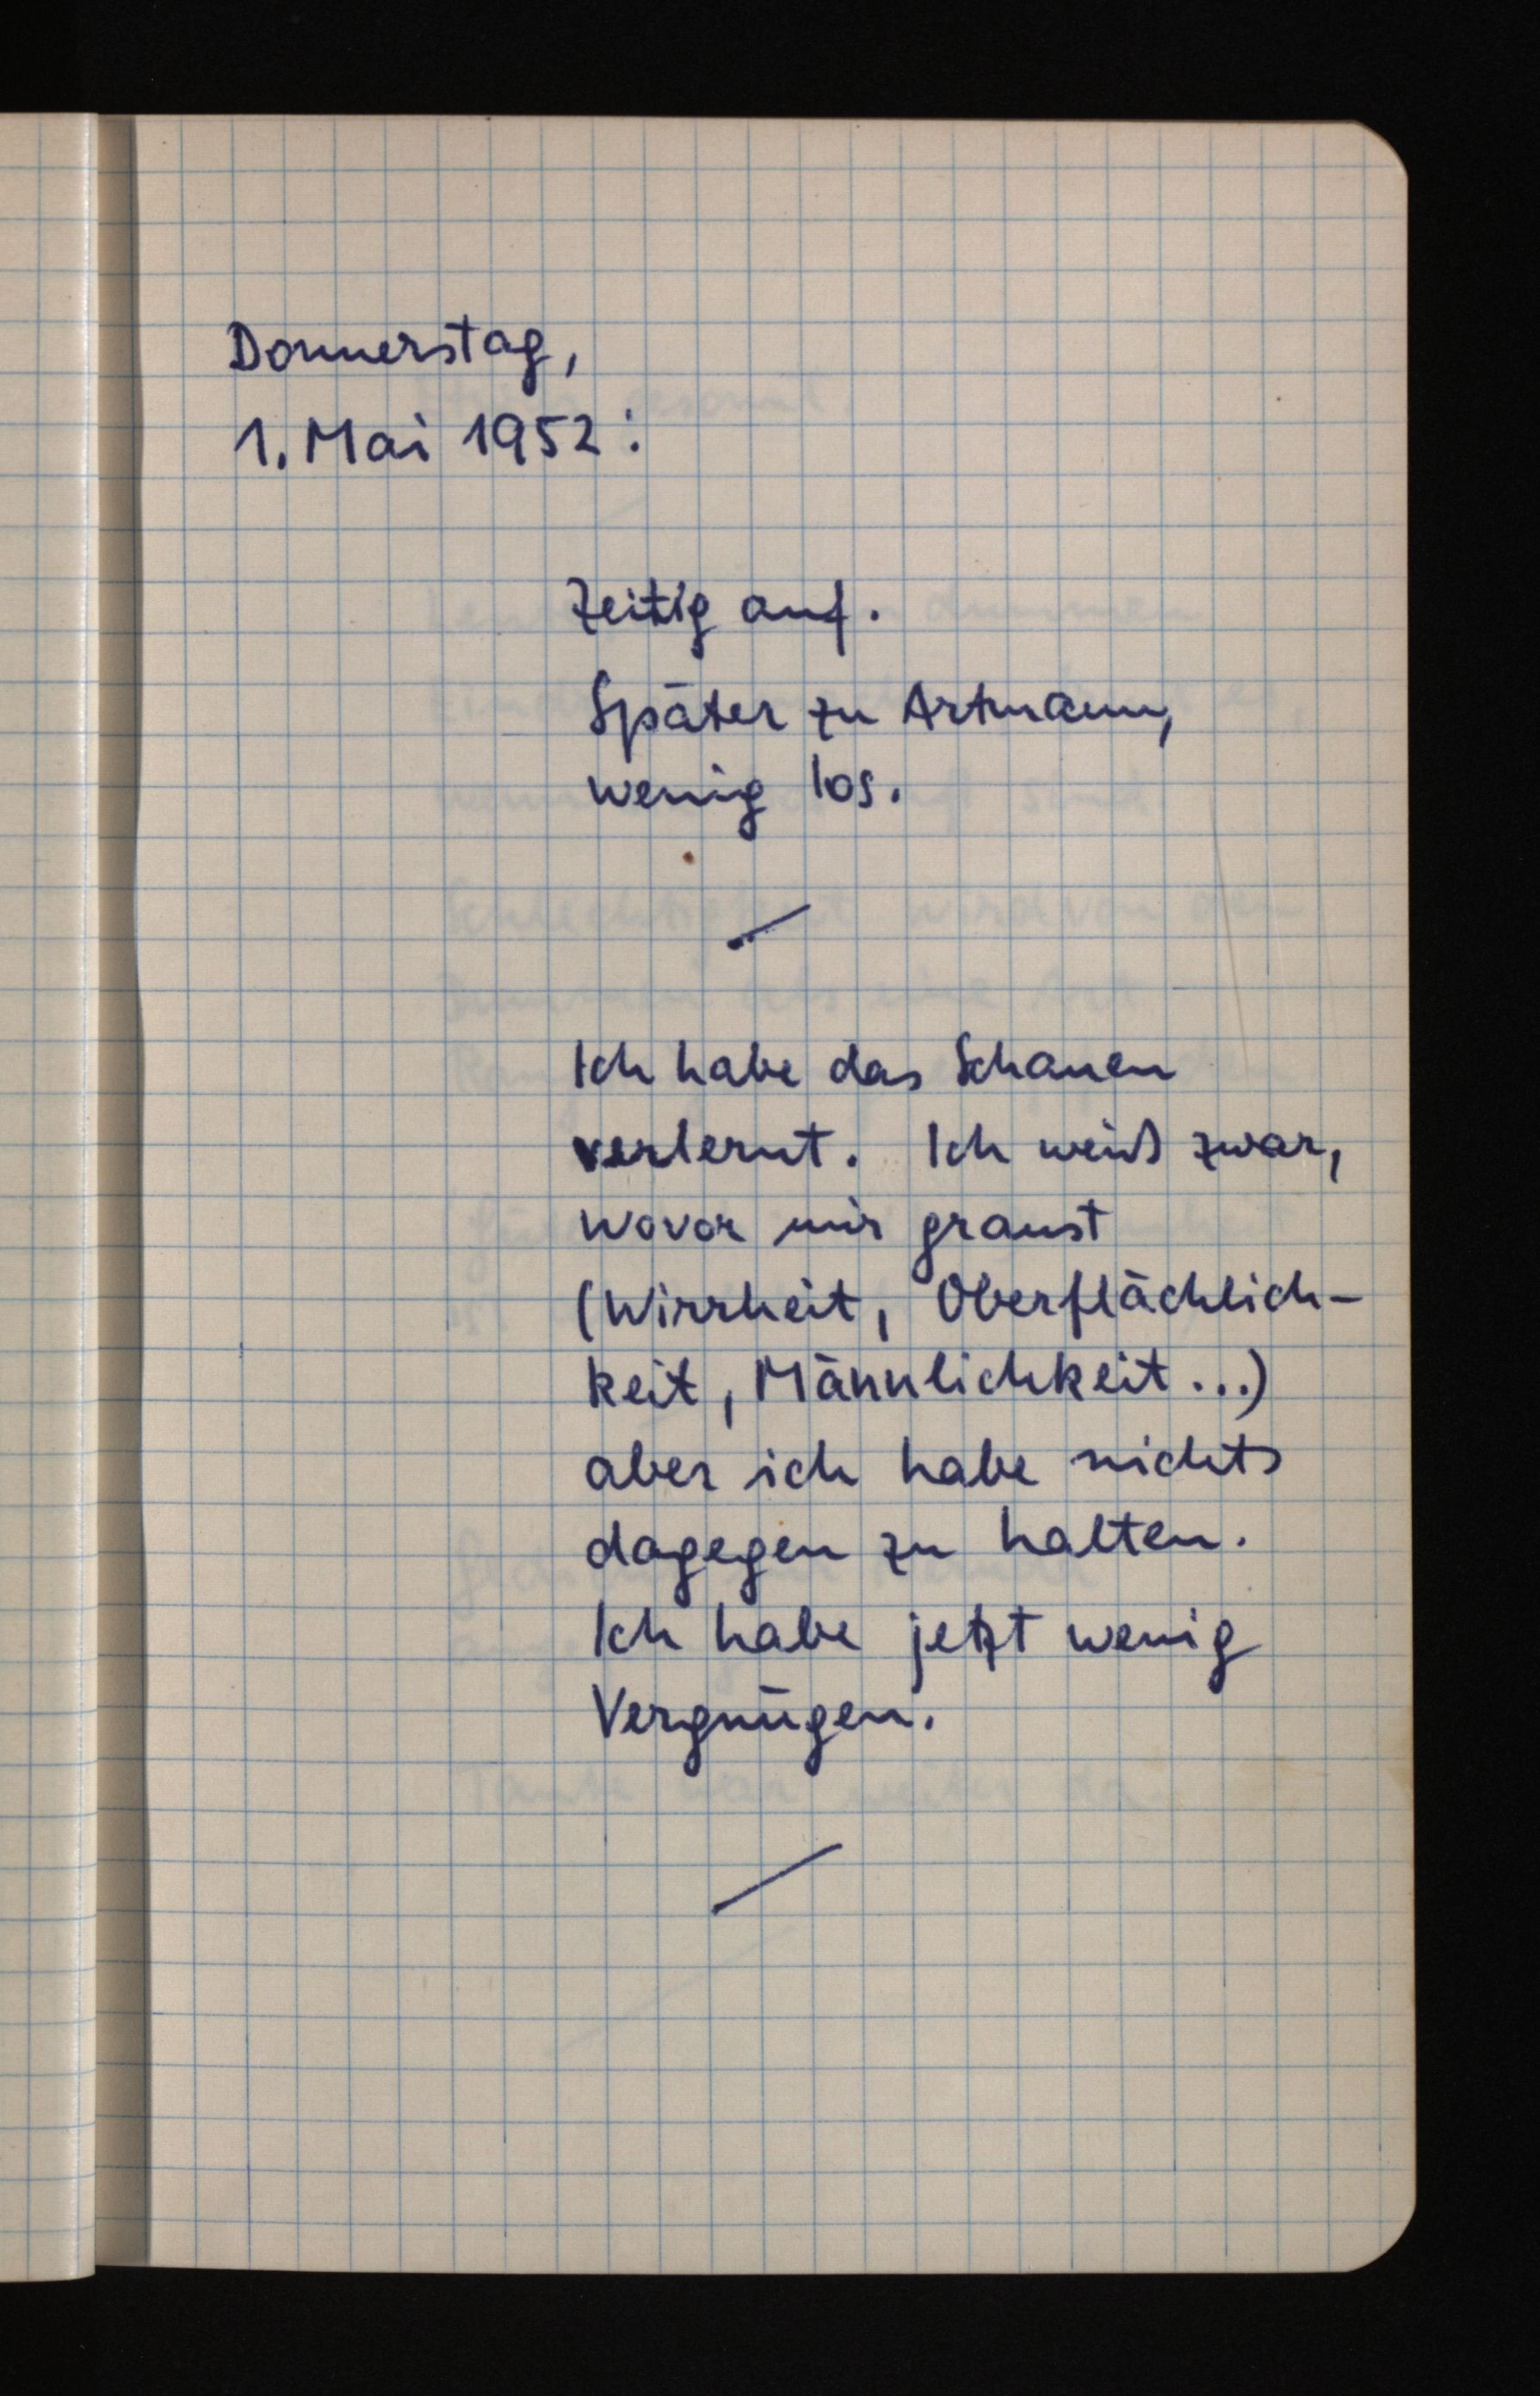
Donnerstag,
1. Mai 1952:
Zeitig auf.
Später zu Artmann,
wenig los.
Ich habe das Schauen
verlernt. Ich weiß zwar,
wovor mir graust
(Wirrheit, Oberflächlich¬
keit, Männlichkeit ...)
aber ich habe nichts
dagegen zu halten.
Ich habe jetzt wenig
Vergnügen.